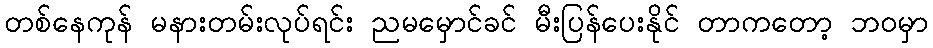
တစ်နေကုန် မနားတမ်းလုပ်ရင်း ညမမှောင်ခင် မီးပြန်ပေးနိုင် တာကတော့ ဘဝမှာ